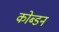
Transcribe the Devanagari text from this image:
कोब्डन